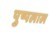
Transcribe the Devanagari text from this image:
पुष्पलाल